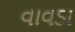
વાવડા